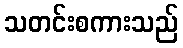
သတင်းစကားသည်